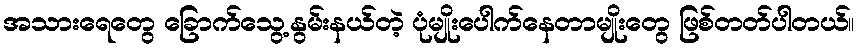
အသားရေတွေ ခြောက်သွေ့နွမ်းနယ်တဲ့ ပုံမျိုးပေါက်နေတာမျိုးတွေ ဖြစ်တတ်ပါတယ်။